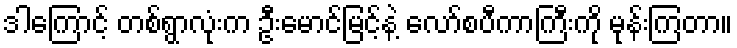
ဒါကြောင့် တစ်ရွာလုံးက ဦးမောင်မြင့်နဲ့ လော်စပီကာကြီးကို မုန်းကြတာ။